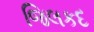
જિલકદ